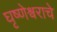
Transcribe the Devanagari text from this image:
घृष्णेश्वराचे